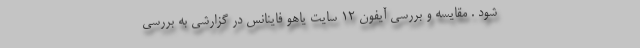
شود . مقایسه و بررسی آیفون 12 سایت یاهو فاینانس در گزارشی به بررسی